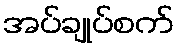
အပ်ချုပ်စက်